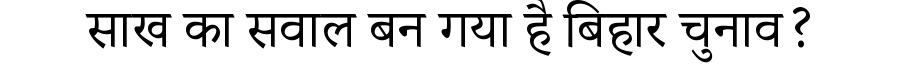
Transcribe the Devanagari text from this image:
साख का सवाल बन गया है बिहार चुनाव?